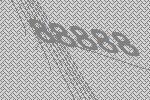
88888